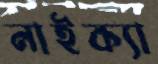
নাইক্যা